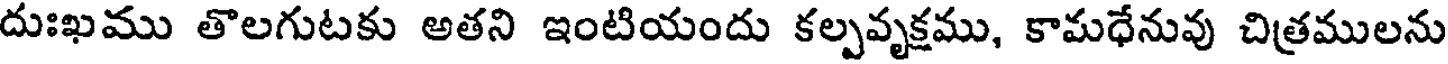
దుఃఖము తొలగుటకు అతని ఇంటియందు కల్పవృక్షము, కామధేనువు చిత్రములను